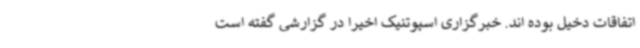
اتفاقات دخیل بوده اند. خبرگزاری اسپوتنیک اخیرا در گزارشی گفته است